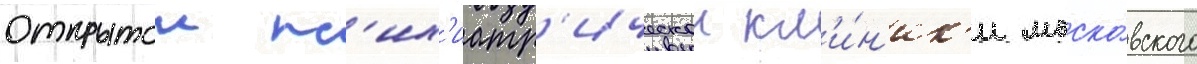
открытои пс'их'иатр'ическои кл'и́н'ик'и моско́вского